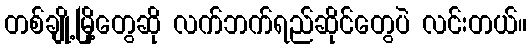
တစ်ချို့မြို့တွေဆို လက်ဘက်ရည်ဆိုင်တွေပဲ လင်းတယ်။